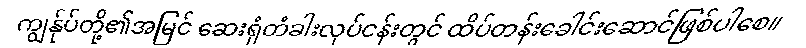
ကျွန်ုပ်တို့၏အမြင် ဆေးရုံတံခါးလုပ်ငန်းတွင် ထိပ်တန်းခေါင်းဆောင်ဖြစ်ပါစေ။